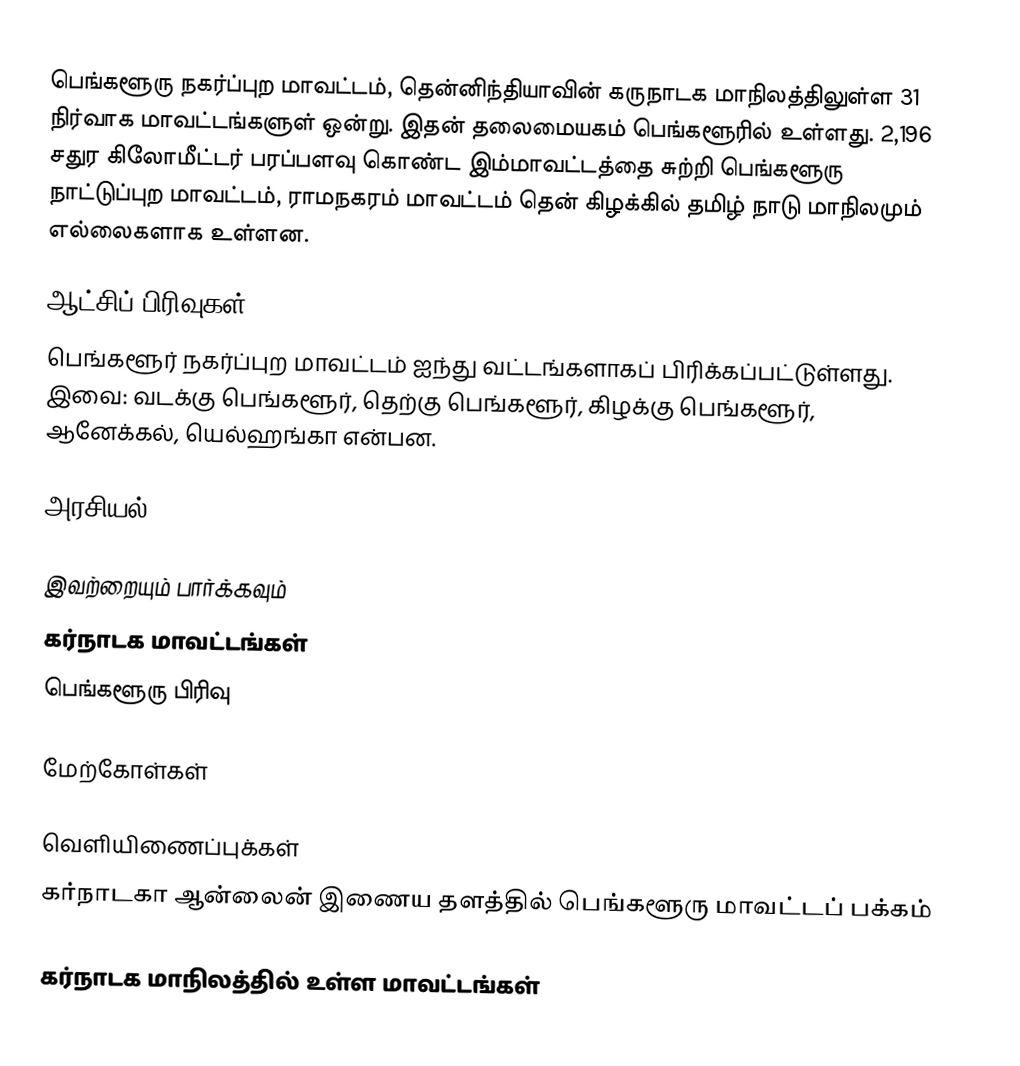
பெங்களூரு நகர்ப்புற மாவட்டம், தென்னிந்தியாவின் கருநாடக மாநிலத்திலுள்ள 31 நிர்வாக மாவட்டங்களுள் ஒன்று. இதன் தலைமையகம் பெங்களூரில்  உள்ளது. 2,196 சதுர கிலோமீட்டர் பரப்பளவு கொண்ட இம்மாவட்டத்தை சுற்றி பெங்களூரு நாட்டுப்புற மாவட்டம், ராமநகரம் மாவட்டம் தென் கிழக்கில் தமிழ் நாடு மாநிலமும் எல்லைகளாக உள்ளன.

ஆட்சிப் பிரிவுகள்
பெங்களூர் நகர்ப்புற மாவட்டம் ஐந்து வட்டங்களாகப் பிரிக்கப்பட்டுள்ளது. இவை: வடக்கு பெங்களூர், தெற்கு பெங்களூர், கிழக்கு பெங்களூர், ஆனேக்கல், யெல்ஹங்கா என்பன.

அரசியல்

இவற்றையும் பார்க்கவும்
 கர்நாடக மாவட்டங்கள்
 பெங்களூரு பிரிவு

மேற்கோள்கள்

வெளியிணைப்புக்கள்
 கர்நாடகா ஆன்லைன் இணைய தளத்தில் பெங்களூரு மாவட்டப் பக்கம்

கர்நாடக மாநிலத்தில் உள்ள மாவட்டங்கள்